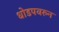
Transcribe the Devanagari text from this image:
धोडपवरुन